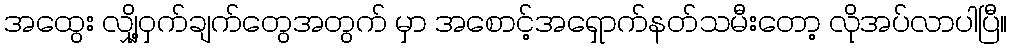
အထွေး လျှို့ဝှက်ချက်တွေအတွက် မှာ အစောင့်အရှောက်နတ်သမီးတော့ လိုအပ်လာပါပြီ။